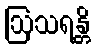
ဩသရန္တိ